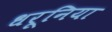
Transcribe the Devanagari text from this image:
धरूनिया